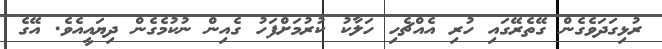
ރުޅިގަދަވެގެން ގޭތެރޭގައި ހުރި އެއްޗެހި ހަލާކު ކުރުމަށްފަހު ގެއިން ނުކުމެގެން ދިޔައީއެވެ. އޭގެ